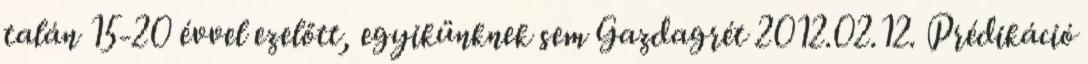
talán 15-20 évvel ezelőtt, egyikünknek sem Gazdagrét 2012.02.12. Prédikáció